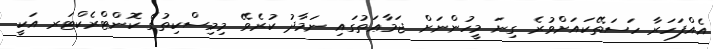
އެއްފަހަރާ ހަސަތޭކައަށްވުރެ ގިނަ މީހުންނަށް ޖަމާޢަތުގައި ނަމާދު ކުރެވޭ މިމިސްކިތުގެ ކޮންޓްރެކްޓަރ އަކީ